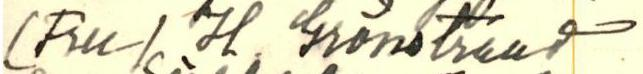
(Ru/ H. Grönstriket